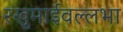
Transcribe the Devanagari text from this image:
रखुमाईवल्लभा